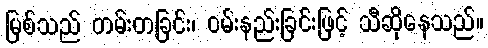
မြစ်သည် တမ်းတခြင်း၊ ဝမ်းနည်းခြင်းဖြင့် သီဆိုနေသည်။